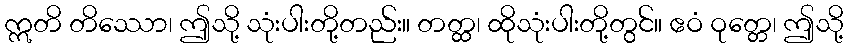
ဣတိ တိဿော၊ ဤသို့ သုံးပါးတို့တည်း။ တတ္ထ၊ ထိုသုံးပါးတို့တွင်။ ဧဝံ ဝုတ္တေ၊ ဤသို့